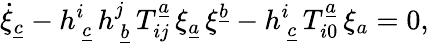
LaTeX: \dot{\xi}_{\underline{{{c}}}}-{h}_{\ \underline{{{c}}}}^{i}\, {h}_{\ \underline{{{b}}}}^{j}\, T_{ij}^{\underline{{{a}}}}\, \xi_{\underline{{{a}}}}\, \xi^{\underline{{{b}}}}-{h}_{\ \underline{{{c}}}}^{i}\, T_{i0}^{\underline{{{a}}}}\, \xi_{{a}}=0,